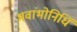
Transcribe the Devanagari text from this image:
भवांभोनिधिं